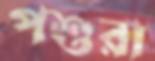
পশুরা